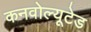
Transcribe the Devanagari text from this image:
कनवोल्यूटेड